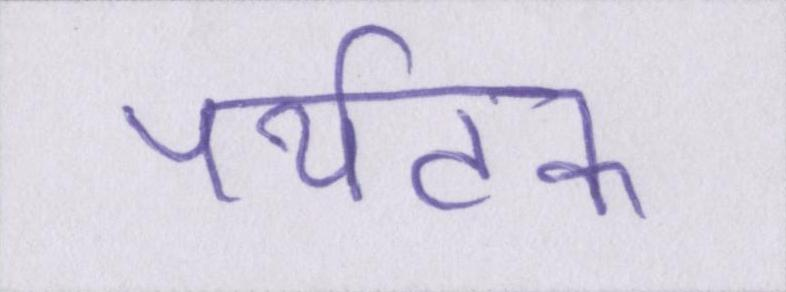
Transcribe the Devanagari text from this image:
पर्यटक